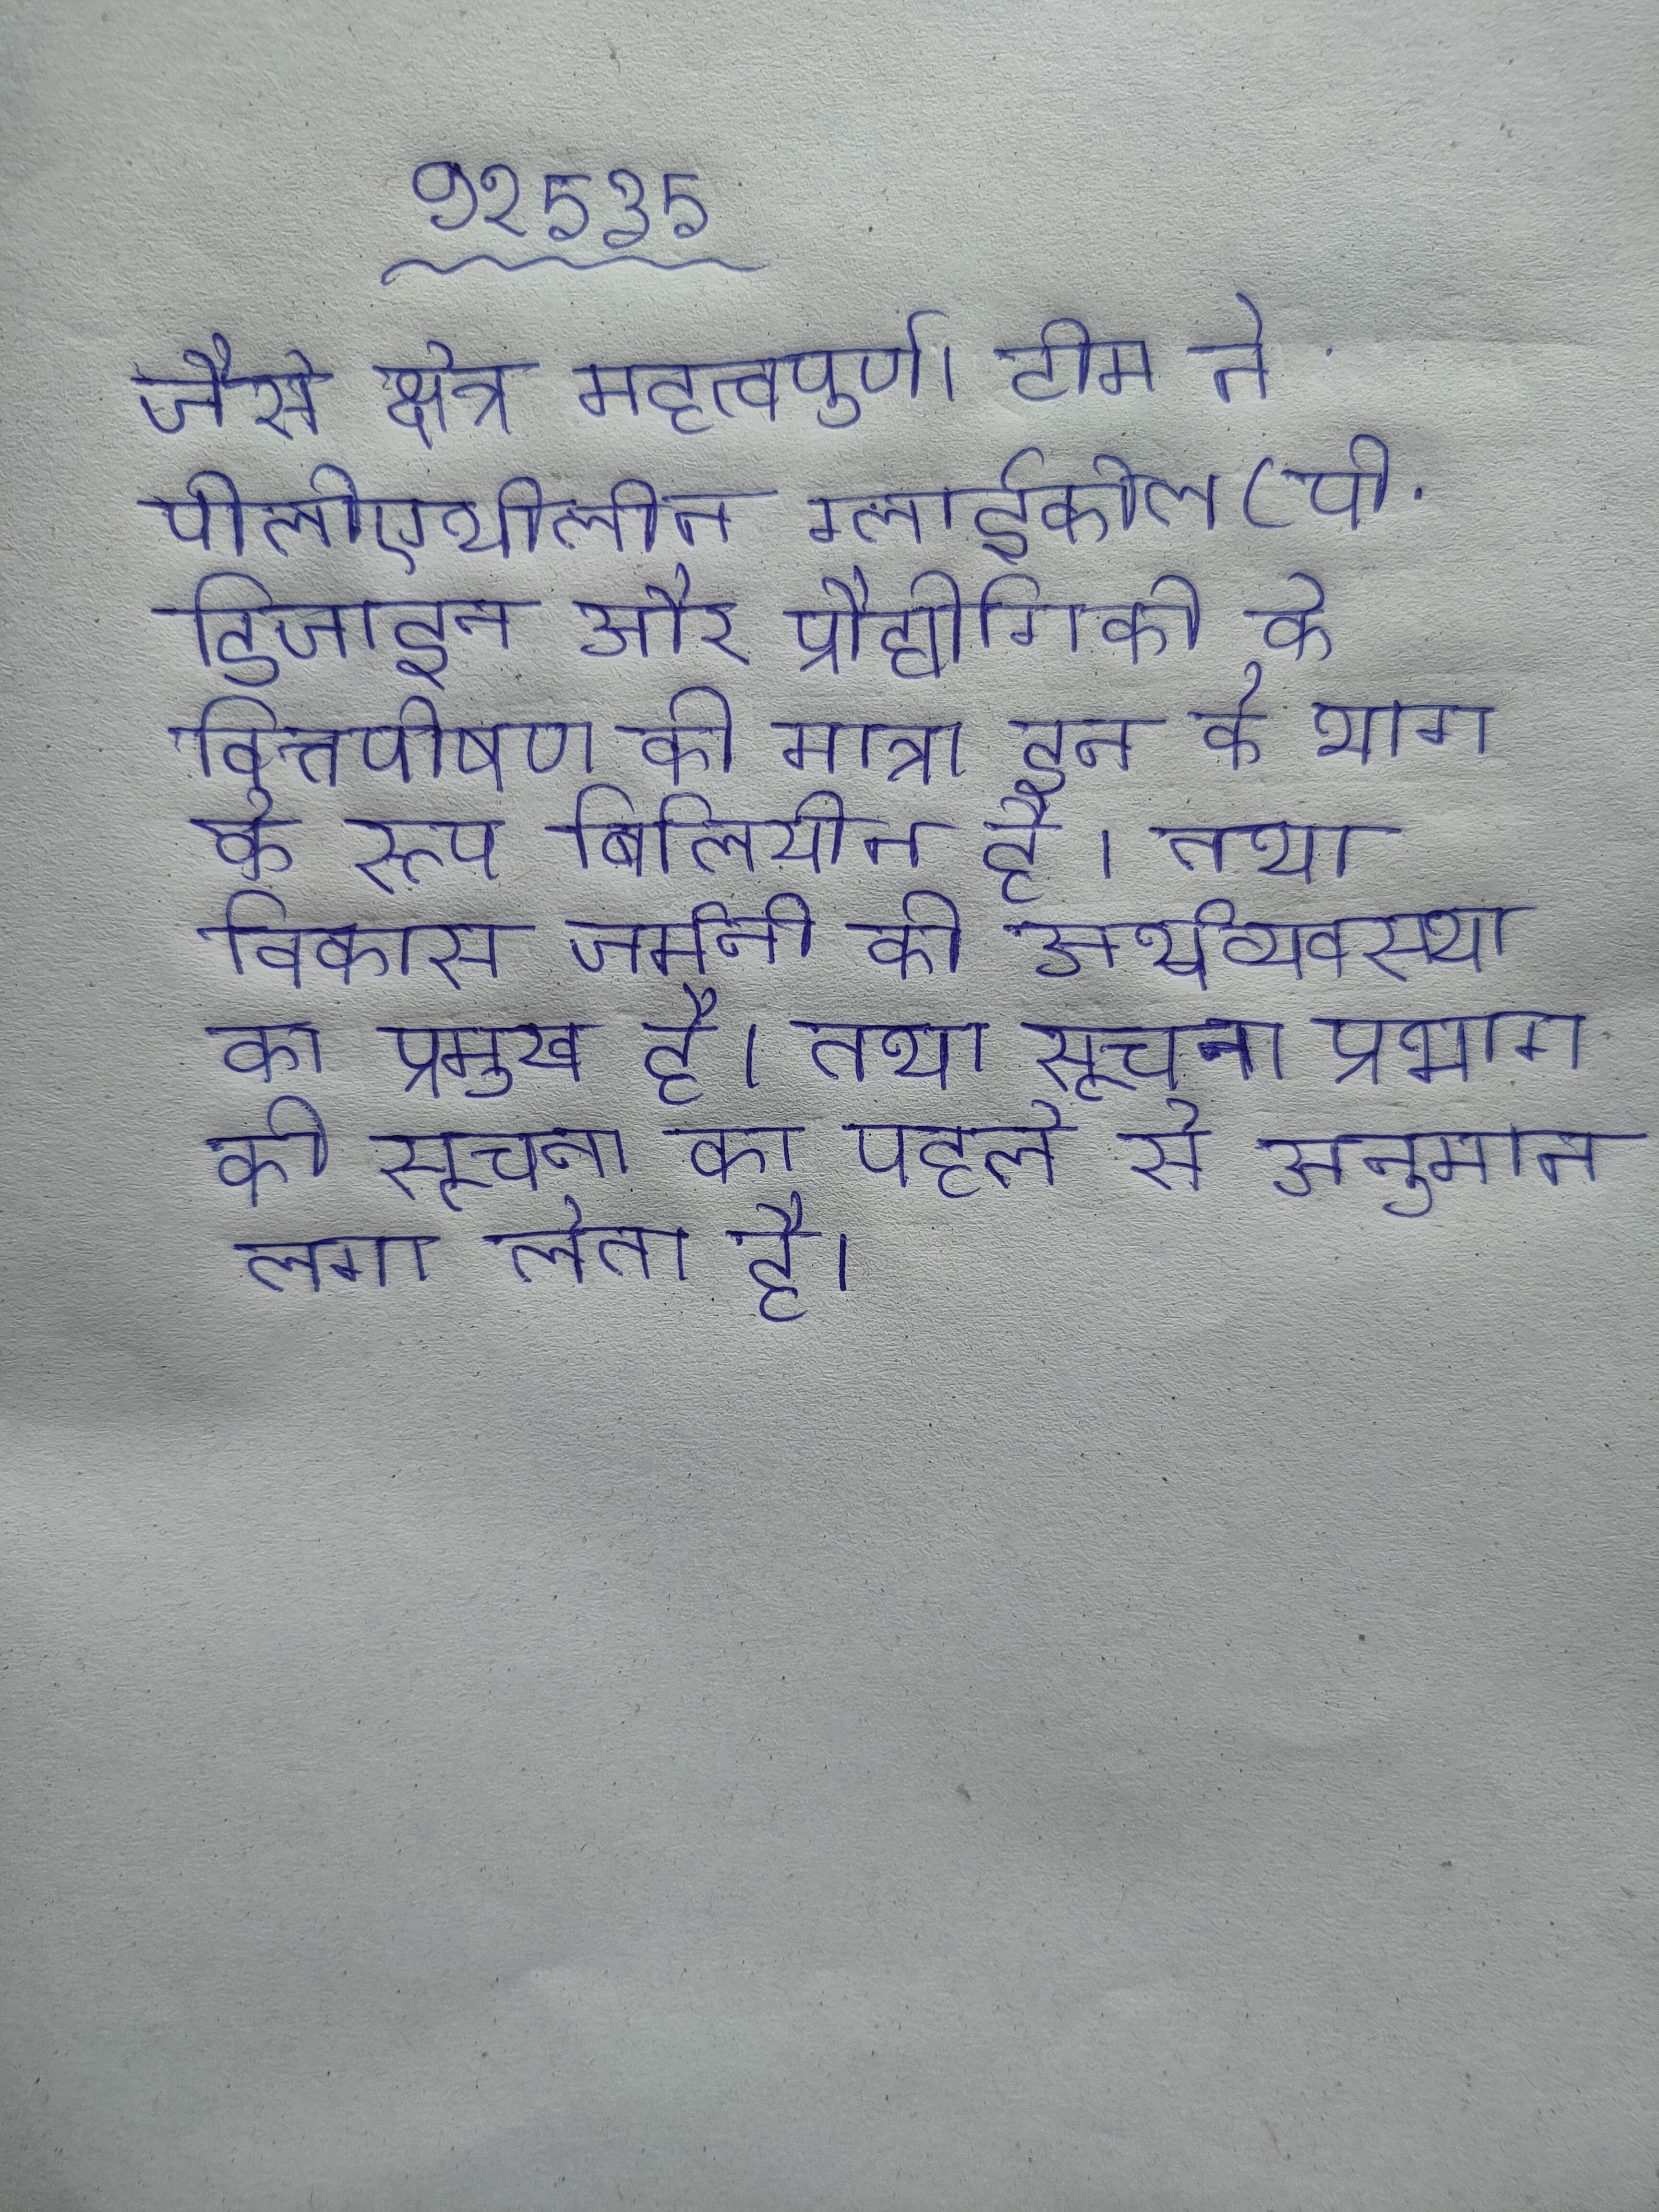
जैसे क्षेत्र महत्वपूर्ण । टीम ने पोलीएथीलीन ग्लाईकोल (पी . डिजाइन और प्रौद्योगिकी के वित्तपोषण की मात्रा इन के भाग के रूप बिलियोन है । तथा विकास जर्मनी की अर्थव्यवस्था का प्रमुख है । तथा सूचना प्रभाग की सूचना का पहले से अनुमान लगा लेता है ।